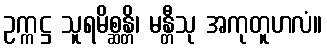
ဥက္ကဋ္ဌ သူရမိစ္ဆန္တိ၊ မန္တီသု အကုတူဟလံ။